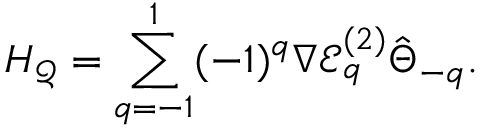
H _ { \mathcal { Q } } = \sum _ { q = - 1 } ^ { 1 } ( - 1 ) ^ { q } \nabla \mathcal { E } _ { q } ^ { ( 2 ) } \hat { \Theta } _ { - q } .